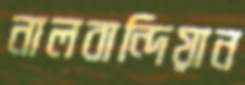
নালবান্দিয়ান